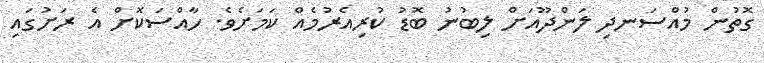
ގޮތުން މުއްސަނދި ލަންދޫއަށް ލިބުނު ބޮޑު ކުރިއެރުމެއް ކަމަށެވެ. ހާއްސަކޮށް އެ ރަށުގައި